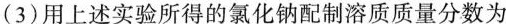
（3）用上述实验所得的氯化钠配制溶质质量分数为